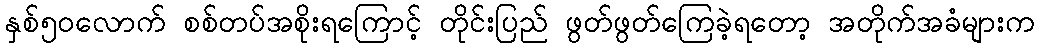
နှစ်၅၀လောက် စစ်တပ်အစိုးရကြောင့် တိုင်းပြည် ဖွတ်ဖွတ်ကြေခဲ့ရတော့ အတိုက်အခံများက